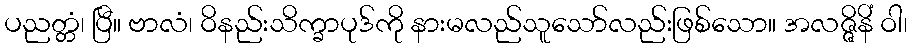
ပညတ္တံ၊ ပြီ။ ဗာလံ၊ ဝိနည်းသိက္ခာပုဒ်ကို နားမလည်သူသော်လည်းဖြစ်သော။ အလဇ္ဇိနိံ ဝါ၊